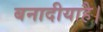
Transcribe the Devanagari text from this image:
बनादीयाहै।